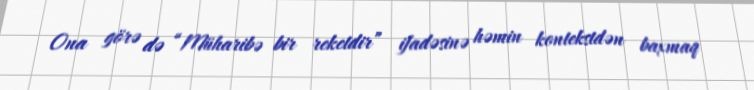
Ona görə də “Müharibə bir reketdir” ifadəsinə həmin kontekstdən baxmaq